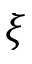
\xi